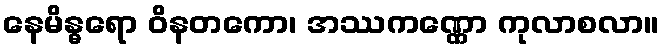
နေမိန္ဓရော ဝိနတကော၊ အဿကဏ္ဏော ကုလာစလာ။